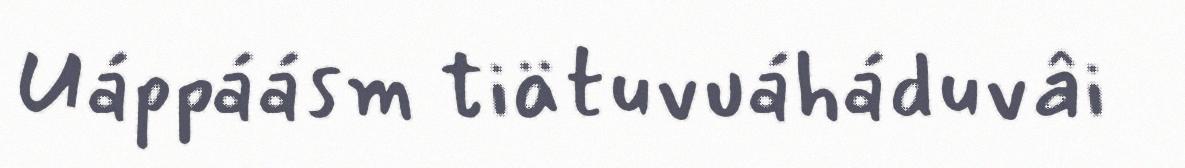
Uáppáásm tiätuvuáháduvâi